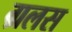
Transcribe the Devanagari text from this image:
ग्रलस